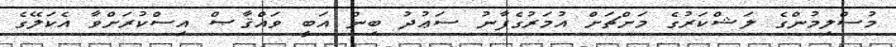
މުސްލިމުންގެ ލަޝްކަރުގެ މަށްޗަށް އުމަރުގެފާނު ސަޢުދު ބިން އަބީ ވައްޤާޞް އިސްކުރަށްވާ އެކަލޭގެ